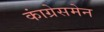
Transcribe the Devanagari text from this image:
कांग्रेसमेन